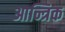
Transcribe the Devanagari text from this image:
आन्त्रिक